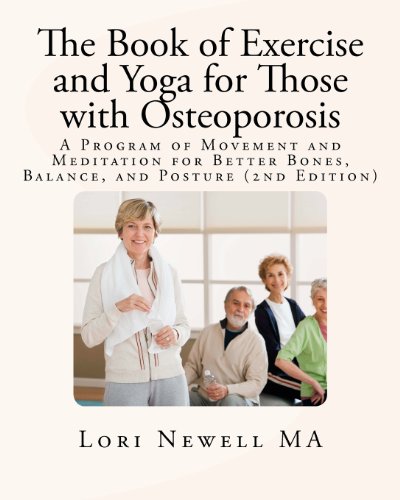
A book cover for The Book of Exercise and Yoga for Those with Osteoporosis: A Program of Movement and Meditation for Better Bones, Balance, and Posture (2nd Edition); Lori Newell; Health, Fitness & Dieting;